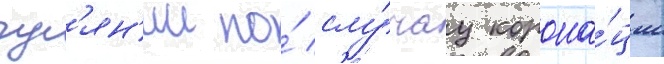
гул'ян'ии по́ слу́чау корона́ции